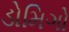
ડોમિગો